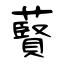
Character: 藖